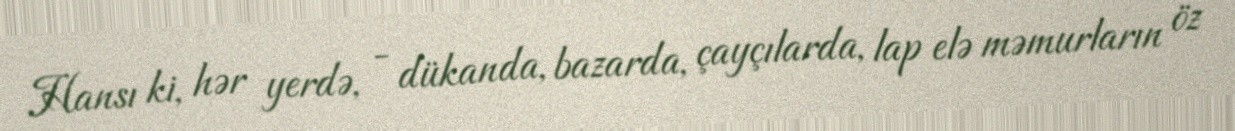
Hansı ki, hər yerdə, - dükanda, bazarda, çayçılarda, lap elə məmurların öz